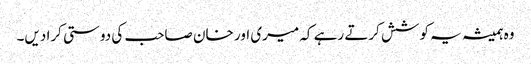
وہ ہمیشہ یہ کوشش کرتے رہے کہ میری اور خان صاحب کی دوستی کرا دیں۔